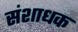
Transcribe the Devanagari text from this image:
संशाधक